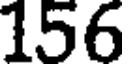
156